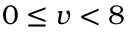
\ 0 \leq v < 8